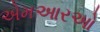
એમઆરઓ